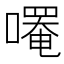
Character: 𫫼